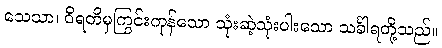
သေသာ၊ ဝိရတိမှကြွင်းကုန်သော သုံးဆဲ့သုံးပါးသော သင်္ခါရတို့သည်။